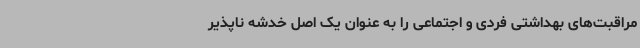
مراقبت‌های بهداشتی فردی و اجتماعی را به عنوان یک اصل خدشه ناپذیر